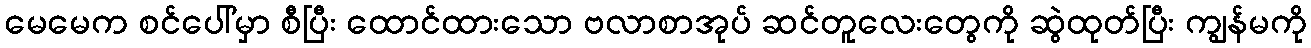
မေမေက စင်ပေါ်မှာ စီပြီး ထောင်ထားသော ဗလာစာအုပ် ဆင်တူလေးတွေကို ဆွဲထုတ်ပြီး ကျွန်မကို